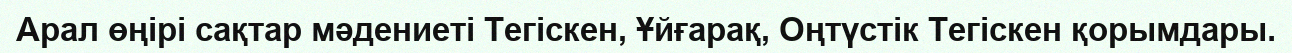
Арал өңірі сақтар мәдениеті Тегіскен, Ұйғарақ, Оңтүстік Тегіскен қорымдары.